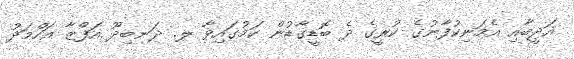
އަދީބާއި އެމަނިކުފާނުގެ ކުރީގެ ދެ ބޮޑީގާޑުން ކަމުގައިވާ ލ. ދަނބިދޫ އަފްޒާ އަހްމަދު